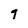
Character: 9